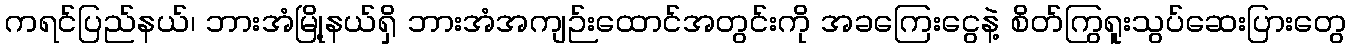
ကရင်ပြည်နယ်၊ ဘားအံမြို့နယ်ရှိ ဘားအံအကျဉ်းထောင်အတွင်းကို အခကြေးငွေနဲ့ စိတ်ကြွရူးသွပ်ဆေးပြားတွေ